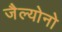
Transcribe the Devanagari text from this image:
जैल्योनो